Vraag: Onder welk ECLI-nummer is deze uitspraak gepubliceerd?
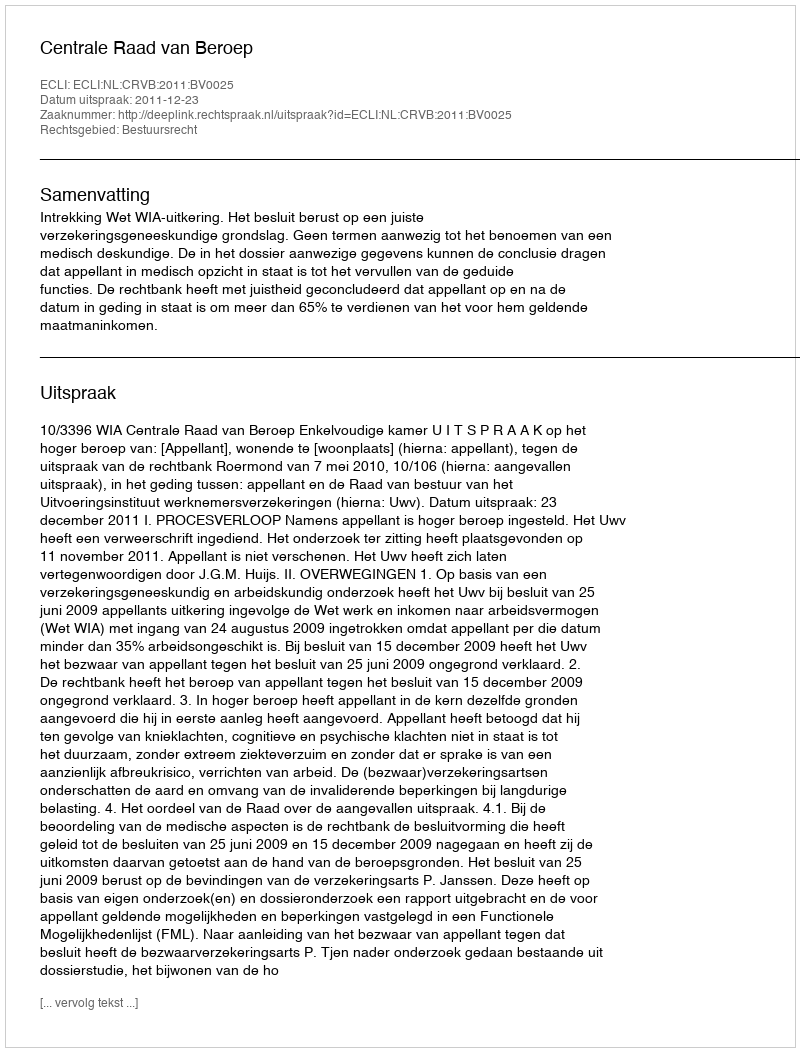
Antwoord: ECLI:NL:CRVB:2011:BV0025